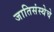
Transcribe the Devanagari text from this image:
जातिसंस्थेचे